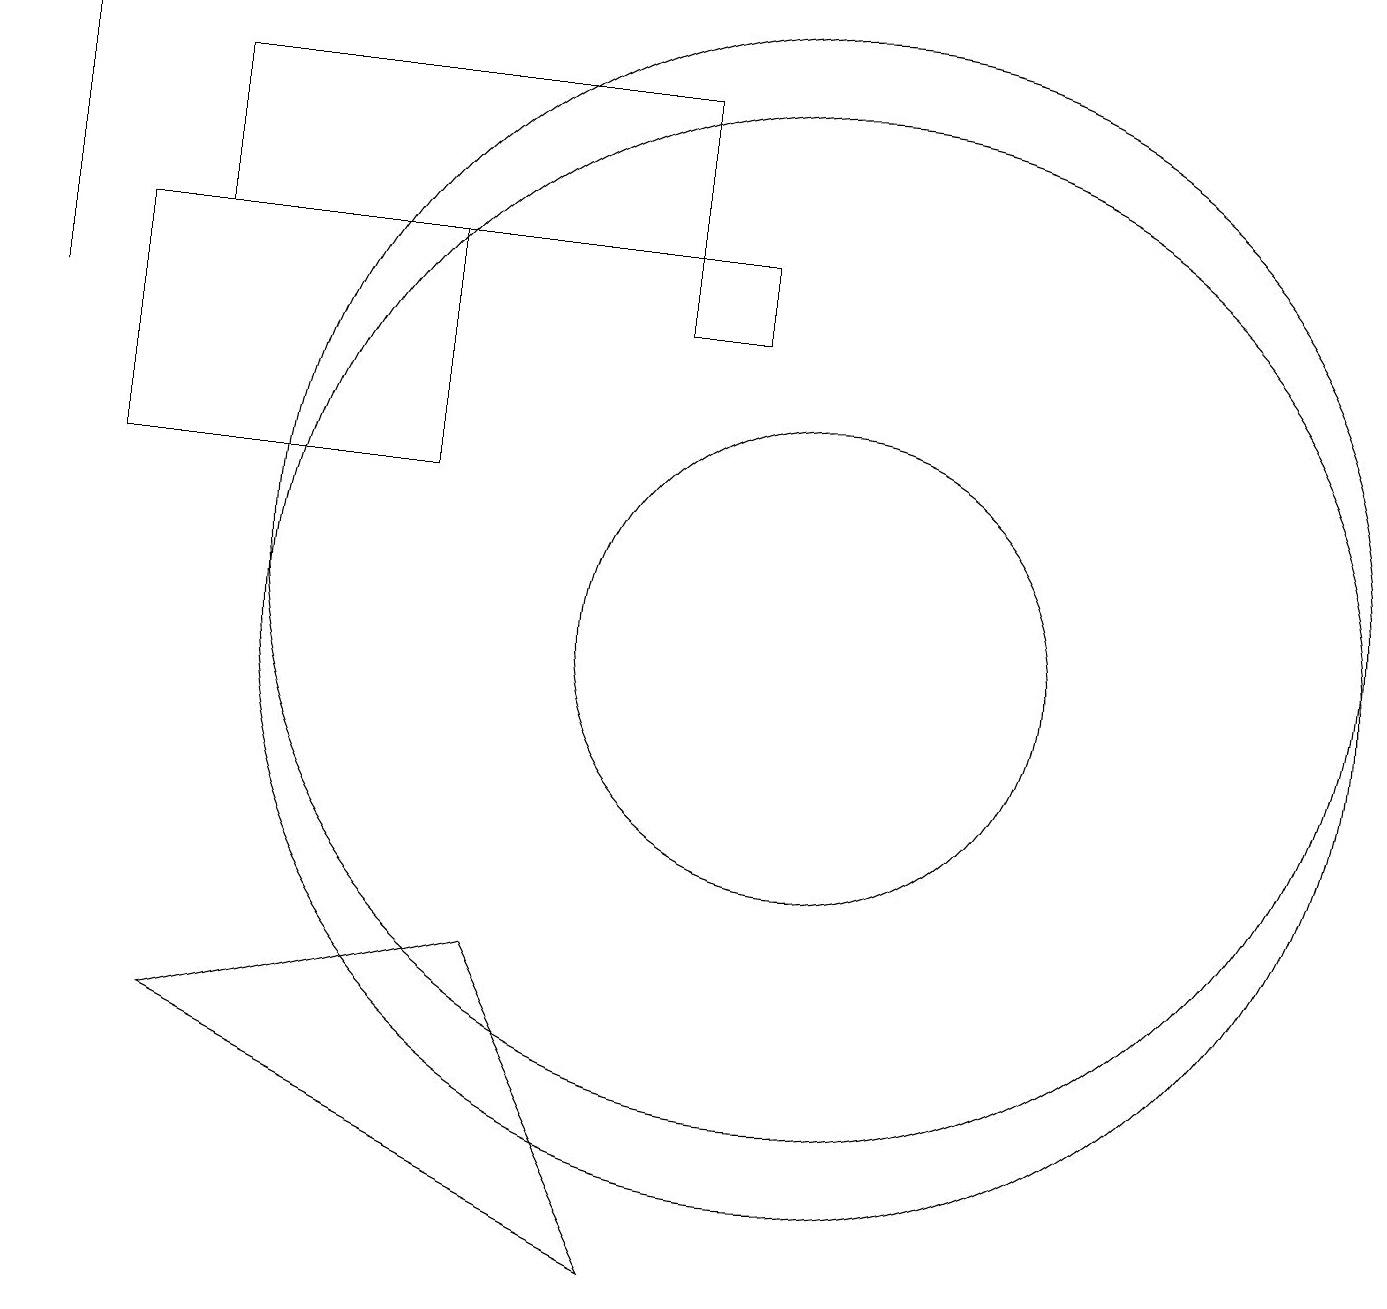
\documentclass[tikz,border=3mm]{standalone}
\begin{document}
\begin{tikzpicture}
\draw (9,15) rectangle (8,14);
\draw (0,14) rectangle (0,18);
\draw (10,11) circle (7);
\draw (5,12) rectangle (1,15);
\draw (10,10) circle (7);
\draw (2,5) -- (8,2) -- (6,6) -- cycle;
\draw (10,10) circle (3);
\draw (2,15) rectangle (8,17);
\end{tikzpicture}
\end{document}